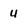
Character: u